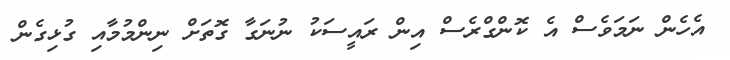
އެހެން ނަމަވެސް އެ ކޮންގްރެސް އިން ރައީސަކު ނުނަގާ ގޮތަށް ނިންމުމާއި ގުޅިގެން